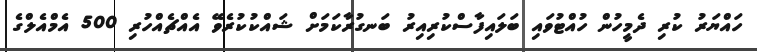
ހައްޔަރު ކުރި ދެމީހުން ހުއްޓުވައި ބަލައިފާސްކުރިއިރު ބަނގުރާކަމަށް ޝައްކުކުރެވޭ އެއްޗެއްހުރި 500 އެމްއެލްގެ